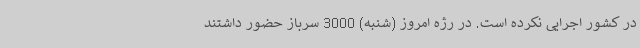
در کشور اجرایی نکرده است. در رژه امروز (شنبه) 3000 سرباز حضور داشتند